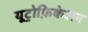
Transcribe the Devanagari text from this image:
यूट्रोफ़िकेशन